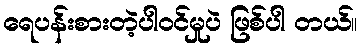
ရေပန်းစားတဲ့ပါဝင်မှုပဲ ဖြစ်ပါ တယ်။